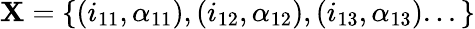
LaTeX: \mathbf{X}=\{ (i_{11},\alpha_{11}),(i_{12},\alpha_{12}),(i_{13},\alpha_{13})...\}